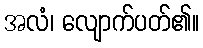
အလံ၊ လျောက်ပတ်၏။